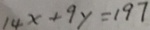
1 4 x + 9 y = 1 9 7